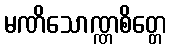
မဏိသောဏ္ဏစိတ္တေ